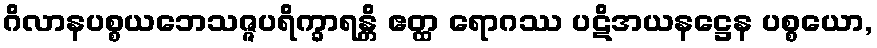
ဂိလာနပစ္စယဘေသဇ္ဇပရိက္ခာရန္တိ ဧတ္ထ ရောဂဿ ပဋိအယနဋ္ဌေန ပစ္စယော,